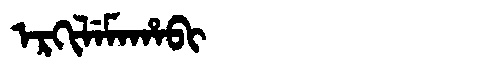
Manchu: ᡝᡵᡴᡳᠯᡝᠮᠠᡥᠠᠪᡳ
Romanization: ERKILEMAHABI